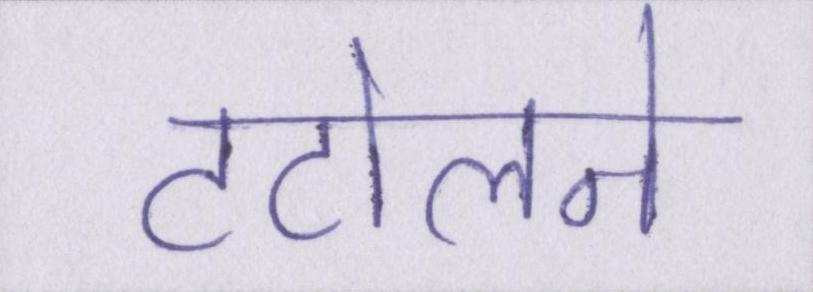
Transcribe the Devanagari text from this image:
टटोलने